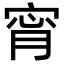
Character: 𡨪